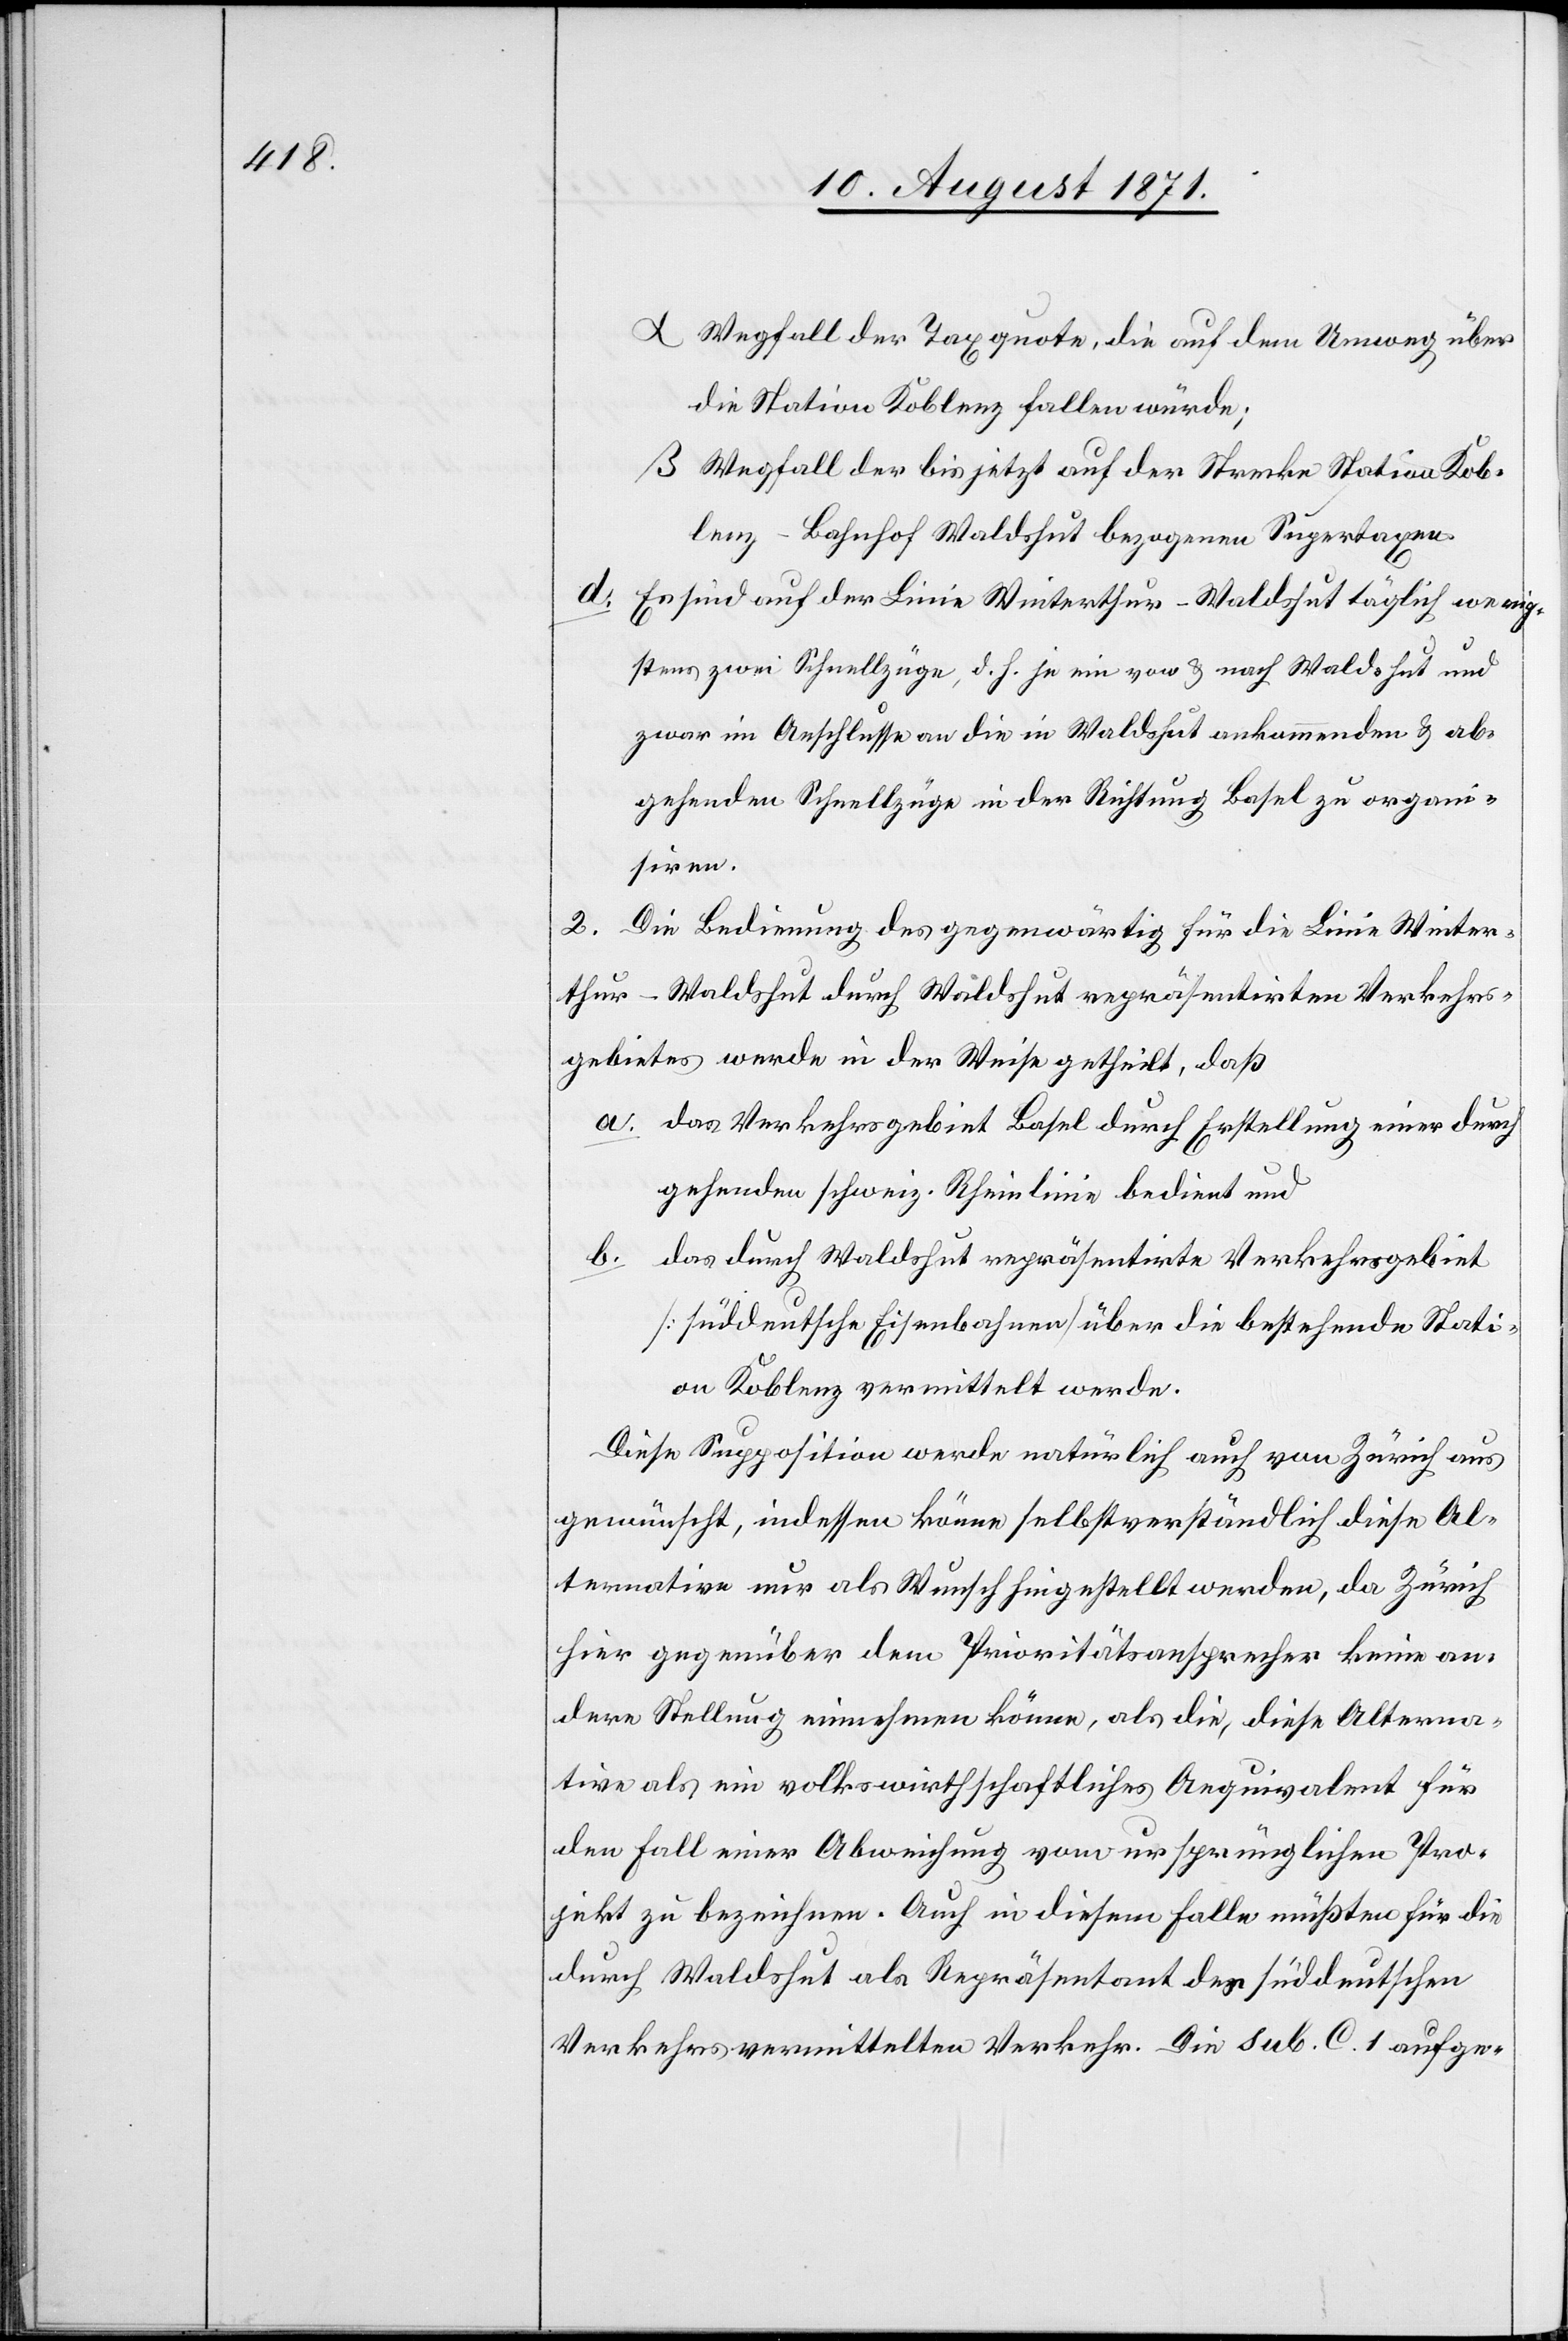
α Wegfall der Taxquote, die auf dem Umweg über
die Station Koblenz fallen würde;
β Wegfall der bis jetzt auf der Strecke Station Kob¬
lenz–Bahnhof Waldshut bezogenen Supertaxen.
d. Es sind auch der Linie Winterthur–Waldshut täglich wenig¬
stens zwei Schnellzüge, d. h. je ein von & nach Waldshut und
zwar im Anschlusse an die in Waldshut ankommenden & ab¬
gehenden Schnellzüge in der Richtung Basel zu organi¬
siren.
2.
Die Bedienung des gegenwärtig für die Linie Winter¬
thur–Waldshut durch Waldshut repräsentirten Verkehrs¬
gebietes werde in der Weise getheilt, daß
a. das Verkehrsgebiet Basel durch Erstellung einer durch¬
gehenden schweiz. Rheinlinie bedient und
das durch Waldshut repräsentirte Verkehrsgebiet
[süddeutsche Eisenbahnen] über die bestehende Station
an Koblenz vermittelt werde.
Diese Supposition werde natürlich auch von Zürich aus
gewünscht, indessen könne selbstverständlich diese Al¬
ternation nur als Wunsch hingestellt werden, da Zürich
hier gegenüber dem Prioritätsanspruches keine an¬
deren Stellung einnehmen könne, als die, diese Alterna¬
tion als ein volkswirtschaftliches Aequivalent für
den Fall einer Abweisung vom ursprünglichen Pro¬
jekt zu bezeichnen. Auch in diesem Falle müssten für die
durch Waldshut als Repräsentant des süddeutschen
Verkehrsvermittelten Verkehr Die [sic!] Sub. C. 1 aufge-